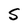
Character: S